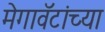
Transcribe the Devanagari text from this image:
मेगावॅटांच्या